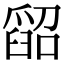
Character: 𦦌